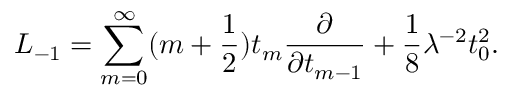
L _ { - 1 } = \sum _ { m = 0 } ^ { \infty } ( m + \frac { 1 } { 2 } ) t _ { m } \frac { \partial } { \partial t _ { m - 1 } } + \frac { 1 } { 8 } \lambda ^ { - 2 } t _ { 0 } ^ { 2 } .